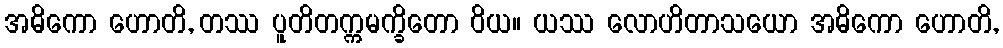
အဓိကော ဟောတိ, တဿ ပူတိတက္ကမက္ခိတော ဝိယ။ ယဿ လောဟိတာသယော အဓိကော ဟောတိ,